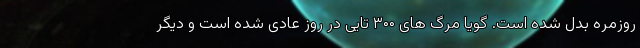
روزمره بدل شده است. گویا مرگ های ۳۰۰ تایی در روز عادی شده است و دیگر